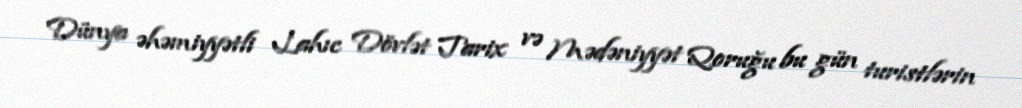
Dünya əhəmiyyətli Lahıc Dövlət Tarix və Mədəniyyət Qoruğu bu gün turistlərin